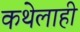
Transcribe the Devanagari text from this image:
कथेलाही